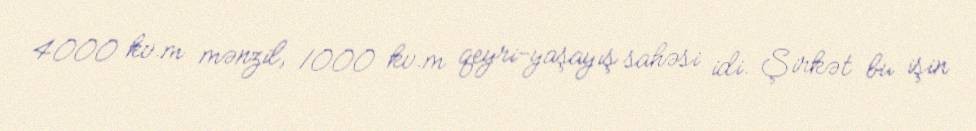
4000 kv.m mənzil, 1000 kv.m qeyri-yaşayış sahəsi idi. Şirkət bu işin